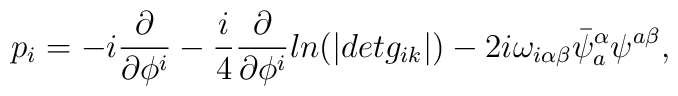
p_i = -i \frac{\partial}{\partial \phi^i} -\frac{i}{4} \frac{\partial}{\partial \phi^i} ln (| det g_{ik}|)-2i \omega_{i \alpha \beta}\bar \psi^{\alpha}_a \psi^{a \beta} ,